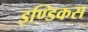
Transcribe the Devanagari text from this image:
इण्डिकस